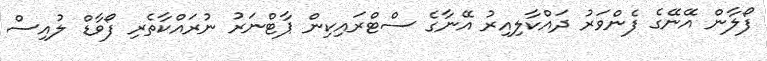
ފޯލާން އޭނޭގެ ފެންވަރު ދައްކާލިއިރު އޭނާގެ ސްޓްރައިކިން ޕާޓްނަރު ނުރައްކާތެރި ފޯވާޑް ލުއިސް